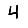
Digit: 4